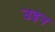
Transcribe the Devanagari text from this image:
उइन